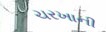
ચરખાની